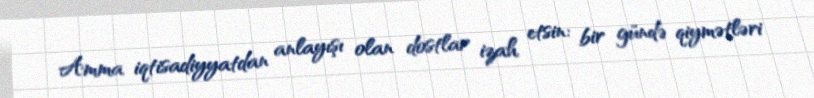
Amma iqtisadiyyatdan anlayışı olan dostlar izah etsin: bir gündə qiymətləri